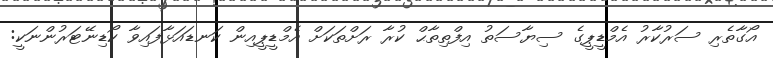
އޯގާތެރި ސަރުކާރު އެމްޑީޕީގެ ސިޔާސަތު އިފްތިތާޙް ކުރާ ރަށްތަކަށް އެމްޑީޕީއިން ކަނޑައަޅާފައިވާ ކޯޑިނޭޓަރުންނަކީ: